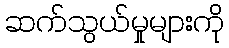
ဆက်သွယ်မှုများကို